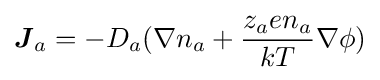
{\boldsymbol {J}}_{a}=-D_{a}(\nabla n_{a}+{\frac {z_{a}en_{a}}{kT}}\nabla \phi )